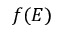
f ( E )